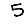
Digit: 5